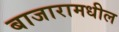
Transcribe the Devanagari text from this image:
बाजारामधील